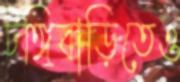
টঙ্গিবাড়িতেও